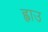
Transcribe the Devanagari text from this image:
ह्वाउ